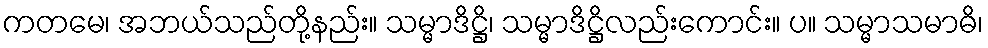
ကတမေ၊ အဘယ်သည်တို့နည်း။ သမ္မာဒိဋ္ဌိ၊ သမ္မာဒိဋ္ဌိလည်းကောင်း။ ပ။ သမ္မာသမာဓိ၊